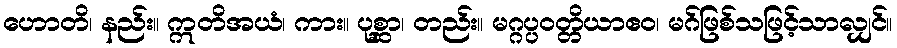
ဟောတိ၊ နည်း။ ဣတိအယံ၊ ကား။ ပုစ္ဆာ၊ တည်း။ မဂ္ဂပ္ပဝတ္တိယာဧဝ၊ မဂ်ဖြစ်သဖြင့်သာလျှင်။